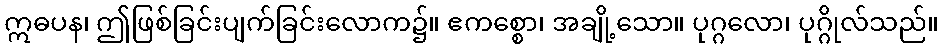
ဣဓပန၊ ဤဖြစ်ခြင်းပျက်ခြင်းလောက၌။ ဧကစ္စော၊ အချို့သော။ ပုဂ္ဂလော၊ ပုဂ္ဂိုလ်သည်။